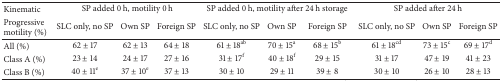
<table><thead><tr><td><b>Kinematic</b></td><td colspan="3"><b>SP added 0 h, motility 0 h</b></td><td colspan="3"><b>SP added 0 h, motility after 24 h storage</b></td><td colspan="3"><b>SP added after 24 h</b></td></tr><tr><td><b>Progressive motility (%)</b></td><td><b>SLC only, no SP</b></td><td><b>Own SP</b></td><td><b>Foreign SP</b></td><td><b>SLC only, no SP</b></td><td><b>Own SP</b></td><td><b>Foreign SP</b></td><td><b>SLC only, no SP</b></td><td><b>Own SP</b></td><td><b>Foreign SP</b></td></tr></thead><tbody><tr><td>All (%)</td><td>62 ± 17</td><td>62 ± 13</td><td>64 ± 18</td><td>61 ± 18<sup>ab</sup></td><td>70 ± 15<sup>a</sup></td><td>68 ± 15<sup>b</sup></td><td>61 ± 18<sup>cd</sup></td><td>73 ± 15<sup>c</sup></td><td>69 ± 17<sup>d</sup></td></tr><tr><td>Class A (%)</td><td>23 ± 14</td><td>24 ± 17</td><td>27 ± 16</td><td>31 ± 17<sup>f</sup></td><td>40 ± 18<sup>f</sup></td><td>29 ± 15</td><td>31 ± 17</td><td>47 ± 19</td><td>41 ± 23</td></tr><tr><td>Class B (%)</td><td>40 ± 11<sup>e</sup></td><td>37 ± 10<sup>e</sup></td><td>37 ± 13</td><td>30 ± 10</td><td>29 ± 11</td><td>39 ± 8</td><td>30 ± 10</td><td>26 ± 10</td><td>28 ± 13</td></tr></tbody></table>